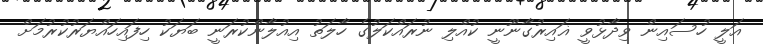
އަލީ ހުސައިން ވިދާޅުވީ ޣައިރުގާނޫނީ ކުއްލި ނުރައްކަލުގެ ހާލަތު އިއުލާންކުރަނީ ބަޔަކު ހިފައިހައްޔަރުކުރުމަށް